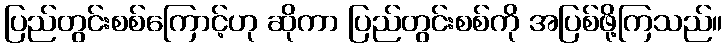
ပြည်တွင်းစစ်ကြောင့်ဟု ဆိုကာ ပြည်တွင်းစစ်ကို အပြစ်ဖို့ကြသည်။